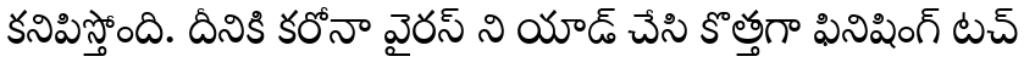
కనిపిస్తోంది. దీనికి కరోనా వైరస్ ని యాడ్ చేసి కొత్తగా ఫినిషింగ్ టచ్